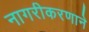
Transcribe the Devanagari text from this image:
नागरीकरणाने